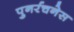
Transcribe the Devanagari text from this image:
पुनर्रचनेस